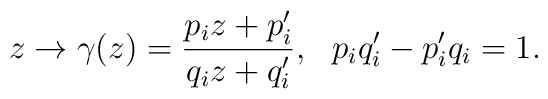
z \rightarrow \gamma(z)=\frac{p_i z+p'_i}{q_i z+q'_i},~~p_iq'_i-p'_iq_i=1.